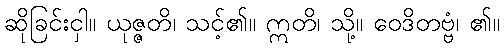
ဆိုခြင်းငှါ။ ယုဇ္ဇတိ၊ သင့်၏။ ဣတိ၊ သို့။ ဝေဒိတဗ္ဗံ၊ ၏။